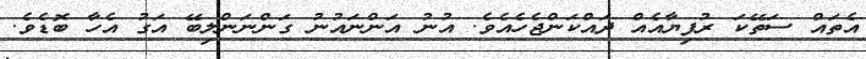
އެތައް ސަތޭކަ ރުފިޔާއެއް ދައްކަންޖެހެއެވެ. އުނު އަންނައުނު ގަންނަންލިބޭ އަގު އެހާ ބޮޑެވެ.